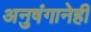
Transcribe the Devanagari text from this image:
अनुषंगानेही